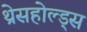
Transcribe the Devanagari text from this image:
थ्रेसहोल्ड्स